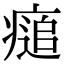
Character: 㾽